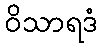
ဝိသာရဒံ